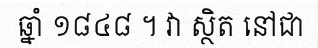
ឆ្នាំ ១៨៤៨ ។ វា ស្ថិត នៅជា